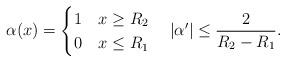
LaTeX: \begin{align*}\alpha(x)= \begin{cases}1 & x\geq R_2 \\0 & x\leq R_1\end{cases}\,\,\, \,\,\,|\alpha'| \leq \frac{2}{R_2 - R_1}.\end{align*}